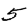
Digit: 5